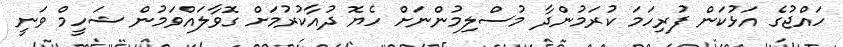
ހައްޖުގެ އަޅުކަން ފުރިހަމަ ކުރަމުންދާ މުސްލިމުންނަށް ހެޔޮ ދުއާކުރުމަށް ގޮވާލައްވަމުން ޝަހީމް ވަނީ